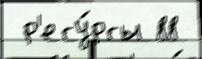
 р'есу́рсы 88